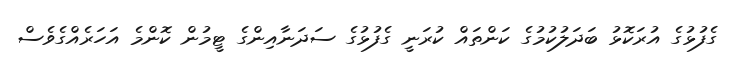
ގެފުޅުގެ އުރަކޮޅު ބަދަލުކުމުގެ ކަންތައް ކުރަނީ ގެފުޅުގެ ސަދަނާއިންގެ ޓީމުން ކޮންމެ އަހަރެއްގެވެސް